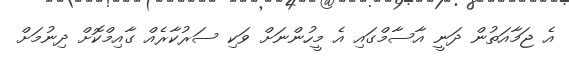
އެ ޖަމާއަތުން ދަނީ އާސާމްގައި އެ މީހުންނަށް ވަކި ސަރުކާރެއް ގާއިމްކޮށް ދިނުމަށް